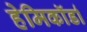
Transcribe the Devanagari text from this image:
हेमिकॉर्डा